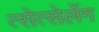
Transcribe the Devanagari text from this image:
त्सेत्सेर्लेग